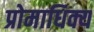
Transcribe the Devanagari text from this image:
प्रोमाधिक्य